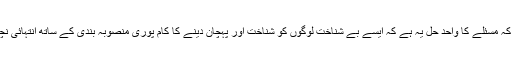
عالمی ادارے کاکہناہے کہ مسئلے کا واحد حل یہ ہے کہ ایسے بے شناخت لوگوں کو شناخت اور پہچان دینے کا کام پوری منصوبہ بندی کے ساتھ انتہائی نچلی سطح سے کیا جائے۔